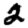
Digit: 2